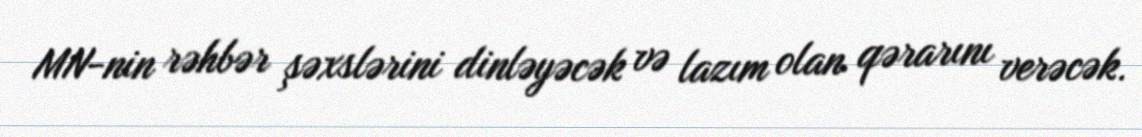
MN-nin rəhbər şəxslərini dinləyəcək və lazım olan qərarını verəcək.